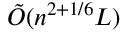
{ \tilde { O } } ( n ^ { 2 + 1 / 6 } L )